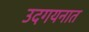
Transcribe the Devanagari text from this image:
उदगयनात